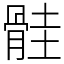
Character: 䯓